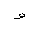
Letter: _waw